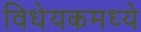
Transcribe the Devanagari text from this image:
विधेयकमध्ये